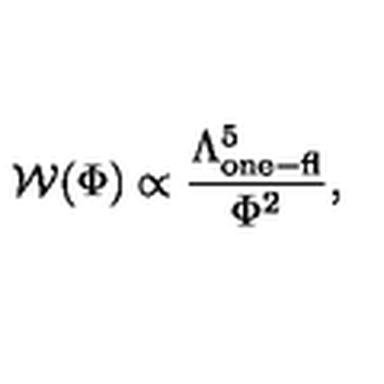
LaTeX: { \cal W } ( \Phi ) \propto \frac { \Lambda _ { \mathrm { o n e - f l } } ^ { 5 } } { \Phi ^ { 2 } } ,